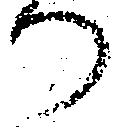
つ